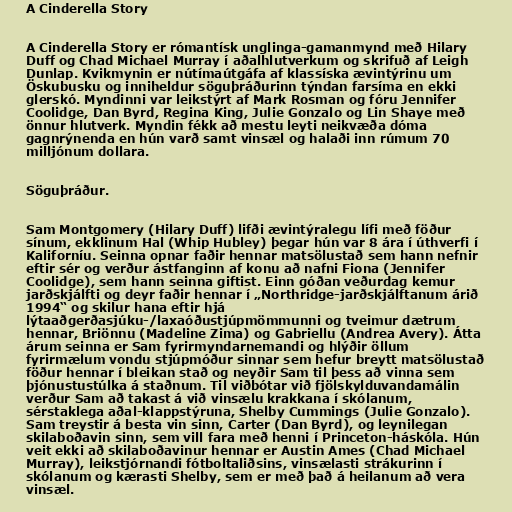
A Cinderella Story

A Cinderella Story er rómantísk unglinga-gamanmynd með Hilary
Duff og Chad Michael Murray í aðalhlutverkum og skrifuð af Leigh
Dunlap. Kvikmynin er nútímaútgáfa af klassíska ævintýrinu um
Öskubusku og inniheldur söguþráðurinn týndan farsíma en ekki
glerskó. Myndinni var leikstýrt af Mark Rosman og fóru Jennifer
Coolidge, Dan Byrd, Regina King, Julie Gonzalo og Lin Shaye með
önnur hlutverk. Myndin fékk að mestu leyti neikvæða dóma
gagnrýnenda en hún varð samt vinsæl og halaði inn rúmum 70
milljónum dollara.

Söguþráður.

Sam Montgomery (Hilary Duff) lifði ævintýralegu lífi með föður
sínum, ekklinum Hal (Whip Hubley) þegar hún var 8 ára í úthverfi í
Kaliforníu. Seinna opnar faðir hennar matsölustað sem hann nefnir
eftir sér og verður ástfanginn af konu að nafni Fiona (Jennifer
Coolidge), sem hann seinna giftist. Einn góðan veðurdag kemur
jarðskjálfti og deyr faðir hennar í „Northridge-jarðskjálftanum árið
1994“ og skilur hana eftir hjá
lýtaaðgerðasjúku-/laxaóðustjúpmömmunni og tveimur dætrum
hennar, Briönnu (Madeline Zima) og Gabriellu (Andrea Avery). Átta
árum seinna er Sam fyrirmyndarnemandi og hlýðir öllum
fyrirmælum vondu stjúpmóður sinnar sem hefur breytt matsölustað
föður hennar í bleikan stað og neyðir Sam til þess að vinna sem
þjónustustúlka á staðnum. Til viðbótar við fjölskylduvandamálin
verður Sam að takast á við vinsælu krakkana í skólanum,
sérstaklega aðal-klappstýruna, Shelby Cummings (Julie Gonzalo).
Sam treystir á besta vin sinn, Carter (Dan Byrd), og leynilegan
skilaboðavin sinn, sem vill fara með henni í Princeton-háskóla. Hún
veit ekki að skilaboðavinur hennar er Austin Ames (Chad Michael
Murray), leikstjórnandi fótboltaliðsins, vinsælasti strákurinn í
skólanum og kærasti Shelby, sem er með það á heilanum að vera
vinsæl.